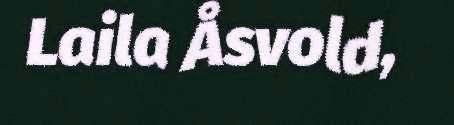
Laila Åsvold,